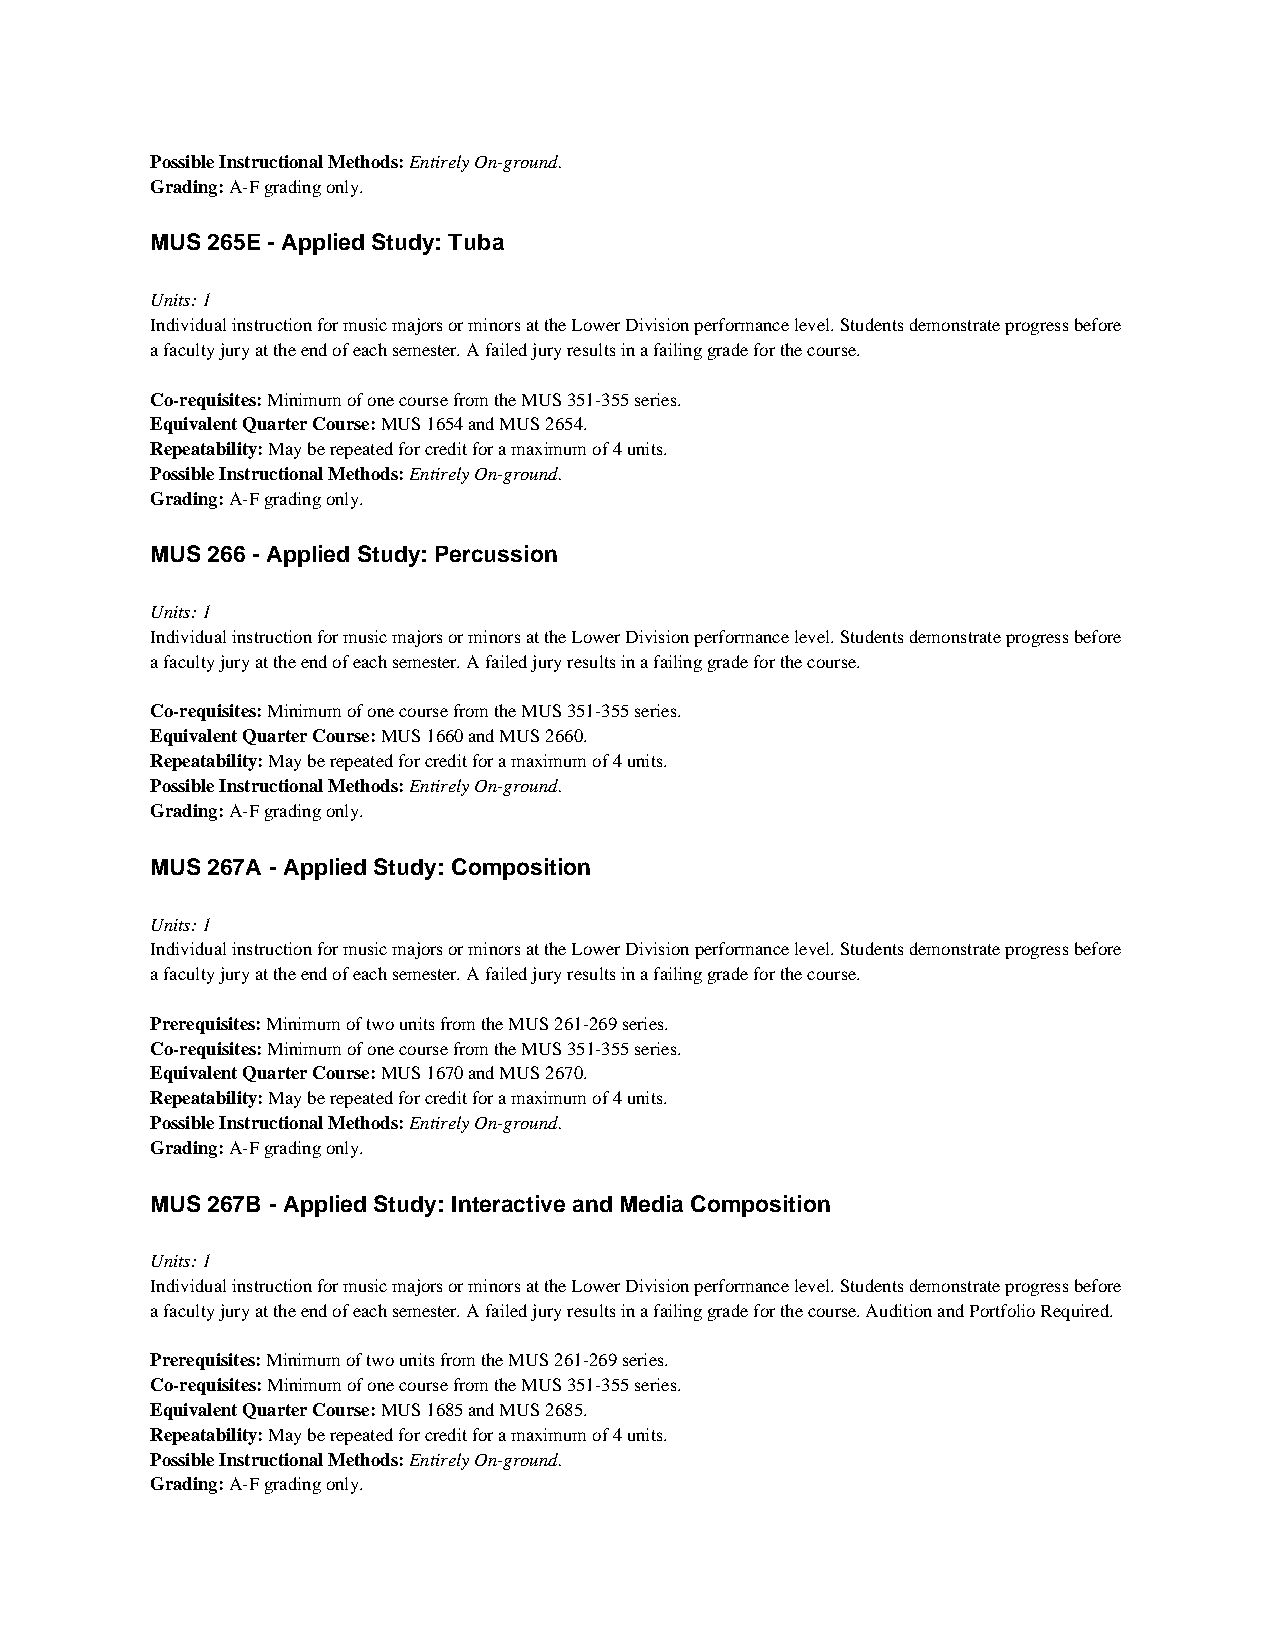
Possible Instructional Methods: Entirely On-ground.
 Grading: A-F grading only.
 MUS 265E - Applied Study: Tuba
 Units: 1
 Individual instruction for music majors or minors at the Lower Division performance level. Students demonstrate progress before
 a faculty jury at the end of each semester. A failed jury results in a failing grade for the course.
 Co-requisites: Minimum of one course from the MUS 351-355 series.
 Equivalent Quarter Course: MUS 1654 and MUS 2654.
 Repeatability: May be repeated for credit for a maximum of 4 units.
 Possible Instructional Methods: Entirely On-ground.
 Grading: A-F grading only.
 MUS 266 - Applied Study: Percussion
 Units: 1
 Individual instruction for music majors or minors at the Lower Division performance level. Students demonstrate progress before
 a faculty jury at the end of each semester. A failed jury results in a failing grade for the course.
 Co-requisites: Minimum of one course from the MUS 351-355 series.
 Equivalent Quarter Course: MUS 1660 and MUS 2660.
 Repeatability: May be repeated for credit for a maximum of 4 units.
 Possible Instructional Methods: Entirely On-ground.
 Grading: A-F grading only.
 MUS 267A - Applied Study: Composition
 Units: 1
 Individual instruction for music majors or minors at the Lower Division performance level. Students demonstrate progress before
 a faculty jury at the end of each semester. A failed jury results in a failing grade for the course.
 Prerequisites: Minimum of two units from the MUS 261-269 series.
 Co-requisites: Minimum of one course from the MUS 351-355 series.
 Equivalent Quarter Course: MUS 1670 and MUS 2670.
 Repeatability: May be repeated for credit for a maximum of 4 units.
 Possible Instructional Methods: Entirely On-ground.
 Grading: A-F grading only.
 MUS 267B - Applied Study: Interactive and Media Composition
 Units: 1
 Individual instruction for music majors or minors at the Lower Division performance level. Students demonstrate progress before
 a faculty jury at the end of each semester. A failed jury results in a failing grade for the course. Audition and Portfolio Required.
 Prerequisites: Minimum of two units from the MUS 261-269 series.
 Co-requisites: Minimum of one course from the MUS 351-355 series.
 Equivalent Quarter Course: MUS 1685 and MUS 2685.
 Repeatability: May be repeated for credit for a maximum of 4 units.
 Possible Instructional Methods: Entirely On-ground.
 Grading: A-F grading only.